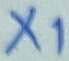
Text: X1